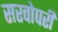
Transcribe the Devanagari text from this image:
सरवोपरी